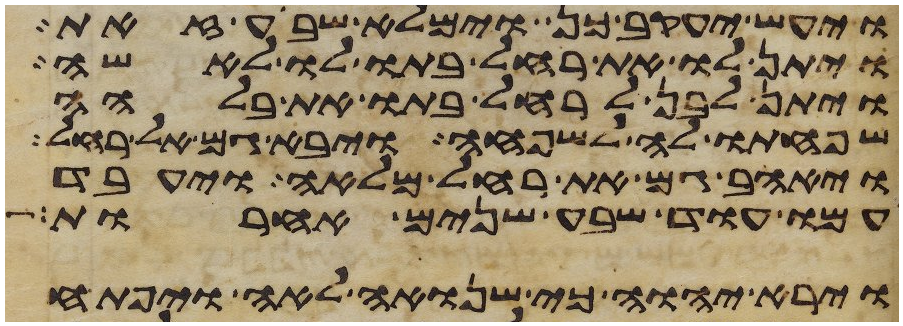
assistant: ויעש יעקב כן וימלא שבע זאת
ויתן לו את רחל בתו לו לאשה
ויתן לבן לרחל בתו את בלהה
שפחתו לה לשפחה ויבא גם אל רחל
ויאהב גם את רחל מלאה ויעבד
עמו עוד שבע שנים אחרות
וירא יהוה כי שנואה לאה ויפתח